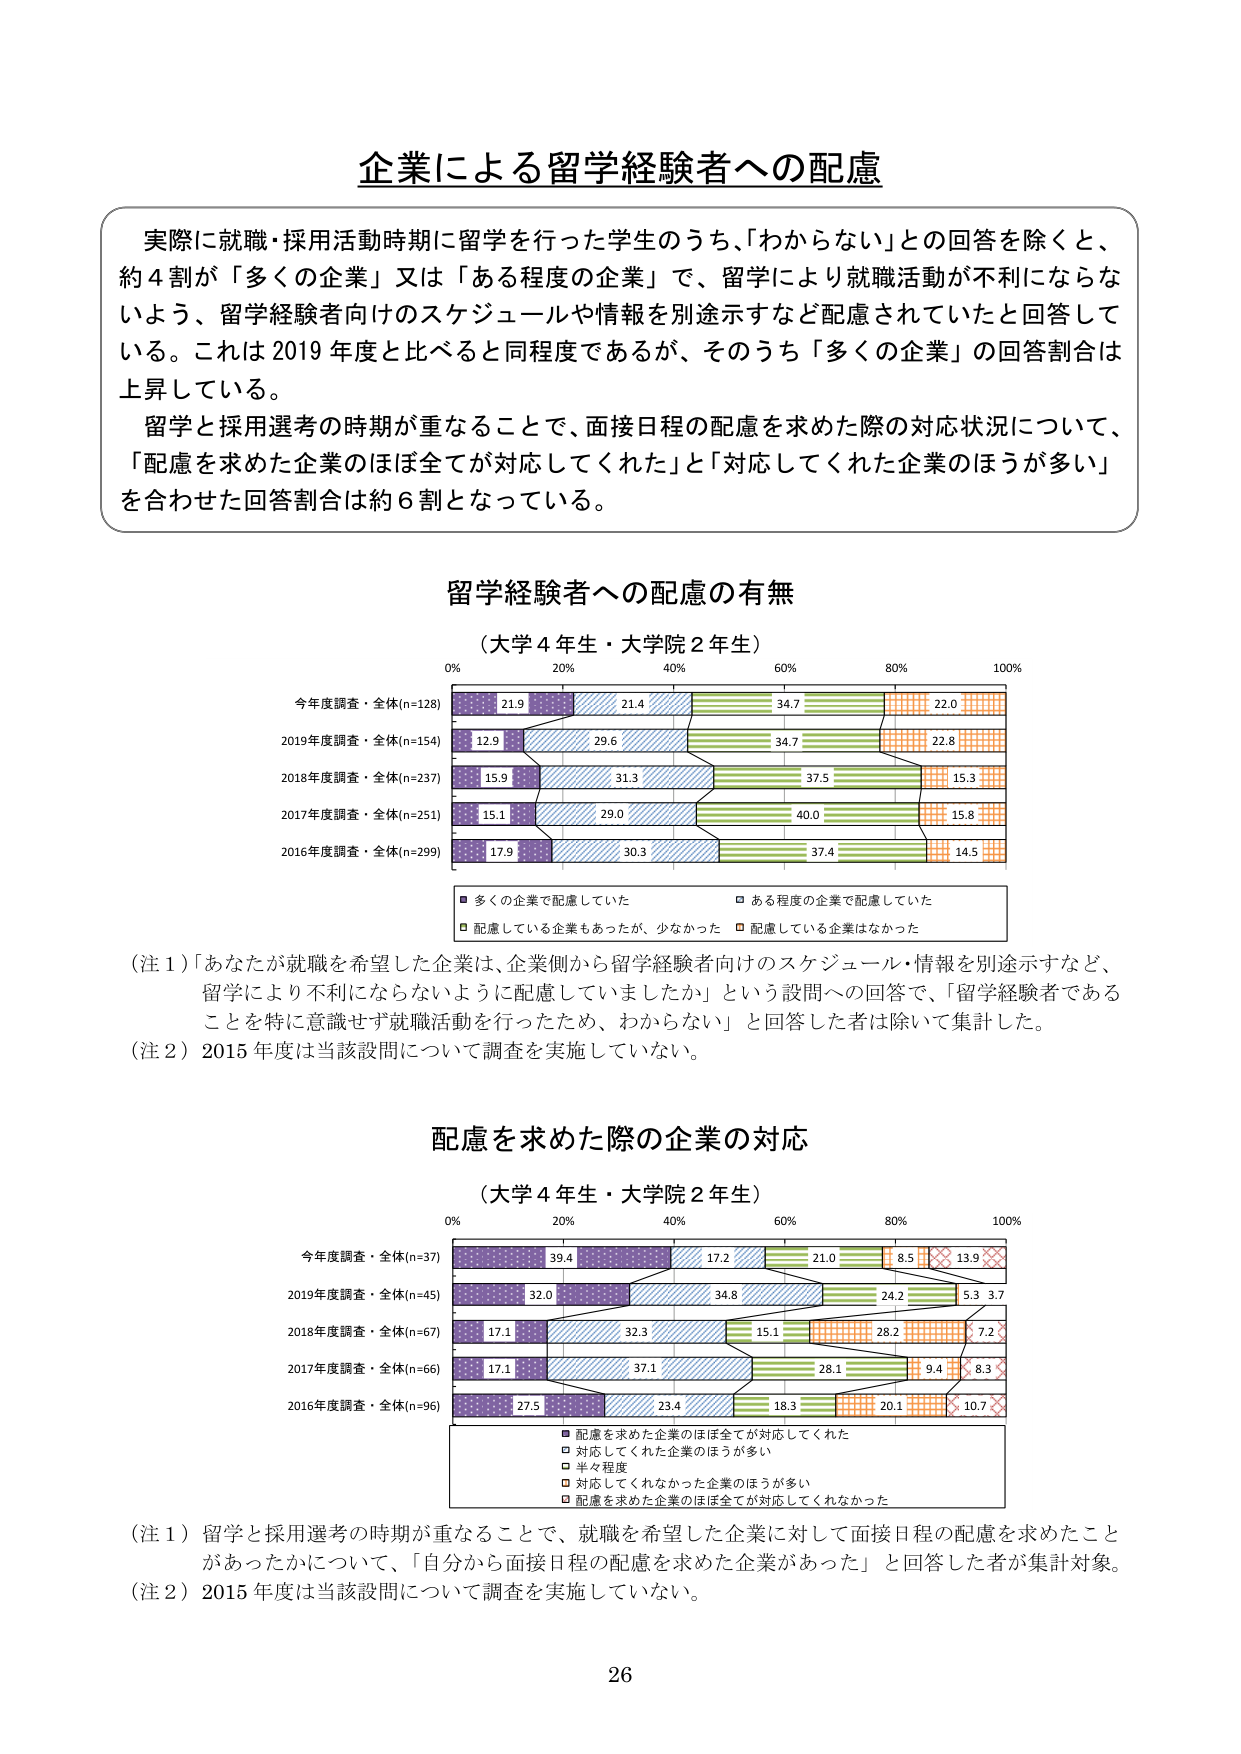
企業による留学経験者への配慮

実際に就職・採用活動時期に留学を行った学生のうち、「わからない」との回答を除くと、
約４割が「多くの企業」又は「ある程度の企業」で、留学により就職活動が不利にならな
いよう、留学経験者向けのスケジュールや情報を別途示すなど配慮されていたと回答して
いる。これは2019年度と比べると同程度であるが、そのうち「多くの企業」の回答割合は
上昇している。
留学と採用選考の時期が重なることで、面接日程の配慮を求めた際の対応状況について、
「配慮を求めた企業のほぼ全てが対応してくれた」と「対応してくれた企業のほうが多く」
を合わせた回答割合は約６割となっている。

留学経験者への配慮の有無
（大学４年生・大学院２年生）

0% 20% 40% 60% 80% 100%
今年度調査・全体(n=128) 21.9 21.4 34.7 22.0
2019年度調査・全体(n=154) 12.9 29.6 34.7 22.8
2018年度調査・全体(n=237) 15.9 31.3 37.5 15.3
2017年度調査・全体(n=251) 15.1 29.0 40.0 15.8
2016年度調査・全体(n=299) 17.9 30.3 37.4 14.5

■ 多くの企業で配慮していた □ ある程度の企業で配慮していた
□ 配慮している企業もあったが、少なかった □ 配慮している企業はなかった

（注１）「あなたが就職を希望した企業は、企業側から留学経験者向けのスケジュール・情報を別途示すなど、
留学により不利にならないように配慮していましたか」という設問への回答で、「留学経験者である
ことを特に意識せず就職活動を行ったため、わからない」と回答した者は除いて集計した。
（注２）2015年度は当該設問について調査を実施していない。

配慮を求めた際の企業の対応
（大学４年生・大学院２年生）

0% 20% 40% 60% 80% 100%
今年度調査・全体(n=37) 39.4 17.2 21.0 8.5 13.9
2019年度調査・全体(n=45) 32.0 34.8 24.2 5.3 3.7
2018年度調査・全体(n=67) 17.1 32.3 15.1 28.2 7.2
2017年度調査・全体(n=66) 17.1 37.1 28.1 9.4 8.3
2016年度調査・全体(n=96) 27.5 23.4 18.3 20.1 10.7

■ 配慮を求めた企業のほぼ全てが対応してくれた
□ 対応してくれた企業のほうが多い
□ 半々程度
□ 対応してくれなかった企業のほうが多い
□ 配慮を求めた企業のほぼ全てが対応してくれなかった

（注１）留学と採用選考の時期が重なることで、就職を希望した企業に対して面接日程の配慮を求めたこと
があったかについて、「自分から面接日程の配慮を求めた企業があった」と回答した者が集計対象。
（注２）2015年度は当該設問について調査を実施していない。

26